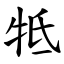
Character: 牴